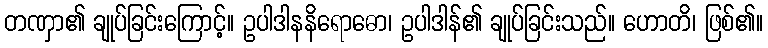
တဏှာ၏ ချုပ်ခြင်းကြောင့်။ ဥပါဒါနနိရောဓော၊ ဥပါဒါန်၏ ချုပ်ခြင်းသည်။ ဟောတိ၊ ဖြစ်၏။